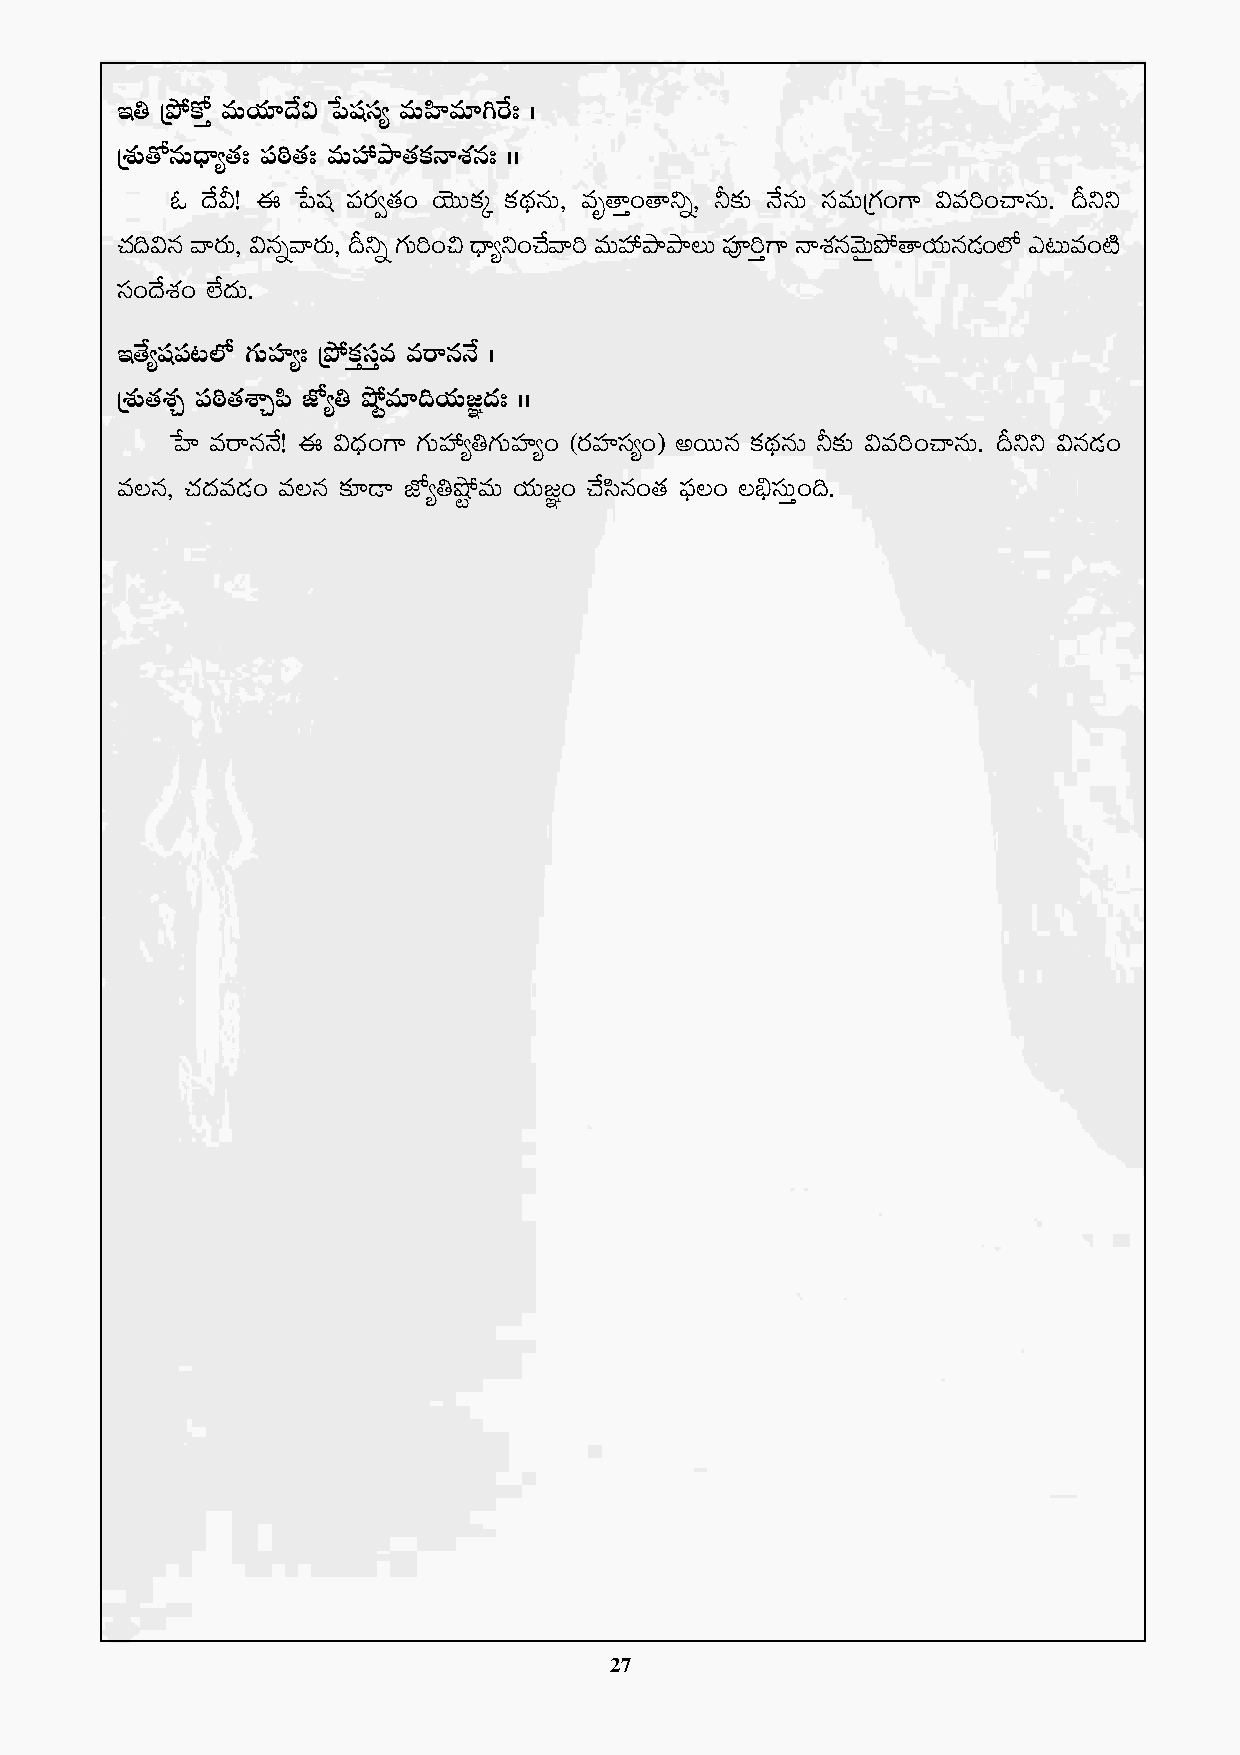
Ç‹ Áb˛ø√Ô eTj·÷<˚$ ù|wüdü´ eTVæ≤e÷–πs' ˆ
 ÁX¯ó‘√qT<Ûë´‘·' |ü]ƒ‘·' eTVü‰bÕ‘·ø£HêX¯q' ˆˆ
 z <˚M! á ù|wü |üs¡«‘·+ jÓTTø£ÿ ø£<∏äqT, eè‘êÔ+‘êìï, ˙≈£î H˚qT düeTÁ>∑+>± $e]+#êqT. Bìì
 #~· $q yêsT¡ , $qïyêsT¡ , Bìï >T∑ ]+∫ <ëÛ ´ì+#y˚ ê] eTV‰ü bÕbÕ\T |Pü ]Ô>± HêXq¯ yTÓ bÆ ˛‘êjT· q&+É ˝À m≥Te+{Ï
 dü+<˚X¯+ ˝Ò<äT.
 Ç‘˚´wü|ü≥˝À >∑TVü≤´' Áb˛ø£ÔdüÔe esêqH˚ ˆ
 ÁX¯ó‘·X¯Ã |ü]ƒ‘·XÊÃ|æ CÀ´‹ c˛ºe÷~j·T»„<ä' ˆˆ
 ùV≤ esêqH˚! á $<Ûä+>± >∑TVü‰´‹>∑TVü≤´+ (s¡Vü≤dü´+) nsTTq ø£<∏äqT ˙≈£î $e]+#êqT. Bìì $q&É+
 e\q, #·<äe&É+ e\q ≈£L&Ü CÀ´‹cº˛eT j·T»„+ #˚dæq+‘· |òü\+ \_ÛdüTÔ+~.
 27